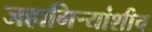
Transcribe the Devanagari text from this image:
जहागिर्‍यांशीच